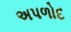
અપળોદ